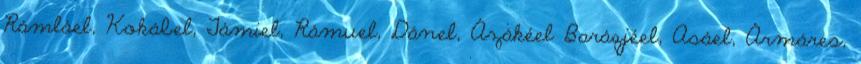
Rámláel, Kokábel, Támiel, Rámuel, Dánel, Ázákéel Baráqjéel, Asáel, Ármáres,